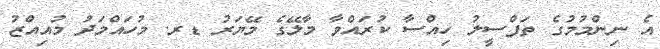
އެ ނިންމުމުގެ ތަފްސީލު ހިއްސާ ކުރައްވާ މާލޭގެ މޭޔަރު ޑރ. މުހައްމަދު މުއިއްޒު